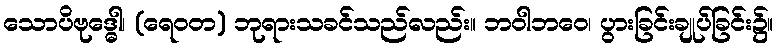
သောပိဗုဒ္ဓေါ၊ (ရေဝတ) ဘုရားသခင်သည်လည်း။ ဘဝါဘဝေ၊ ပွားခြင်းချုပ်ခြင်း၌။